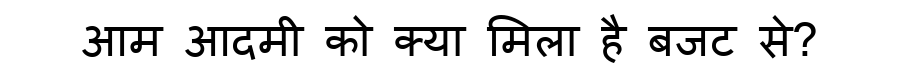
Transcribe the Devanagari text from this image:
आम आदमी को क्या मिला है बजट से?